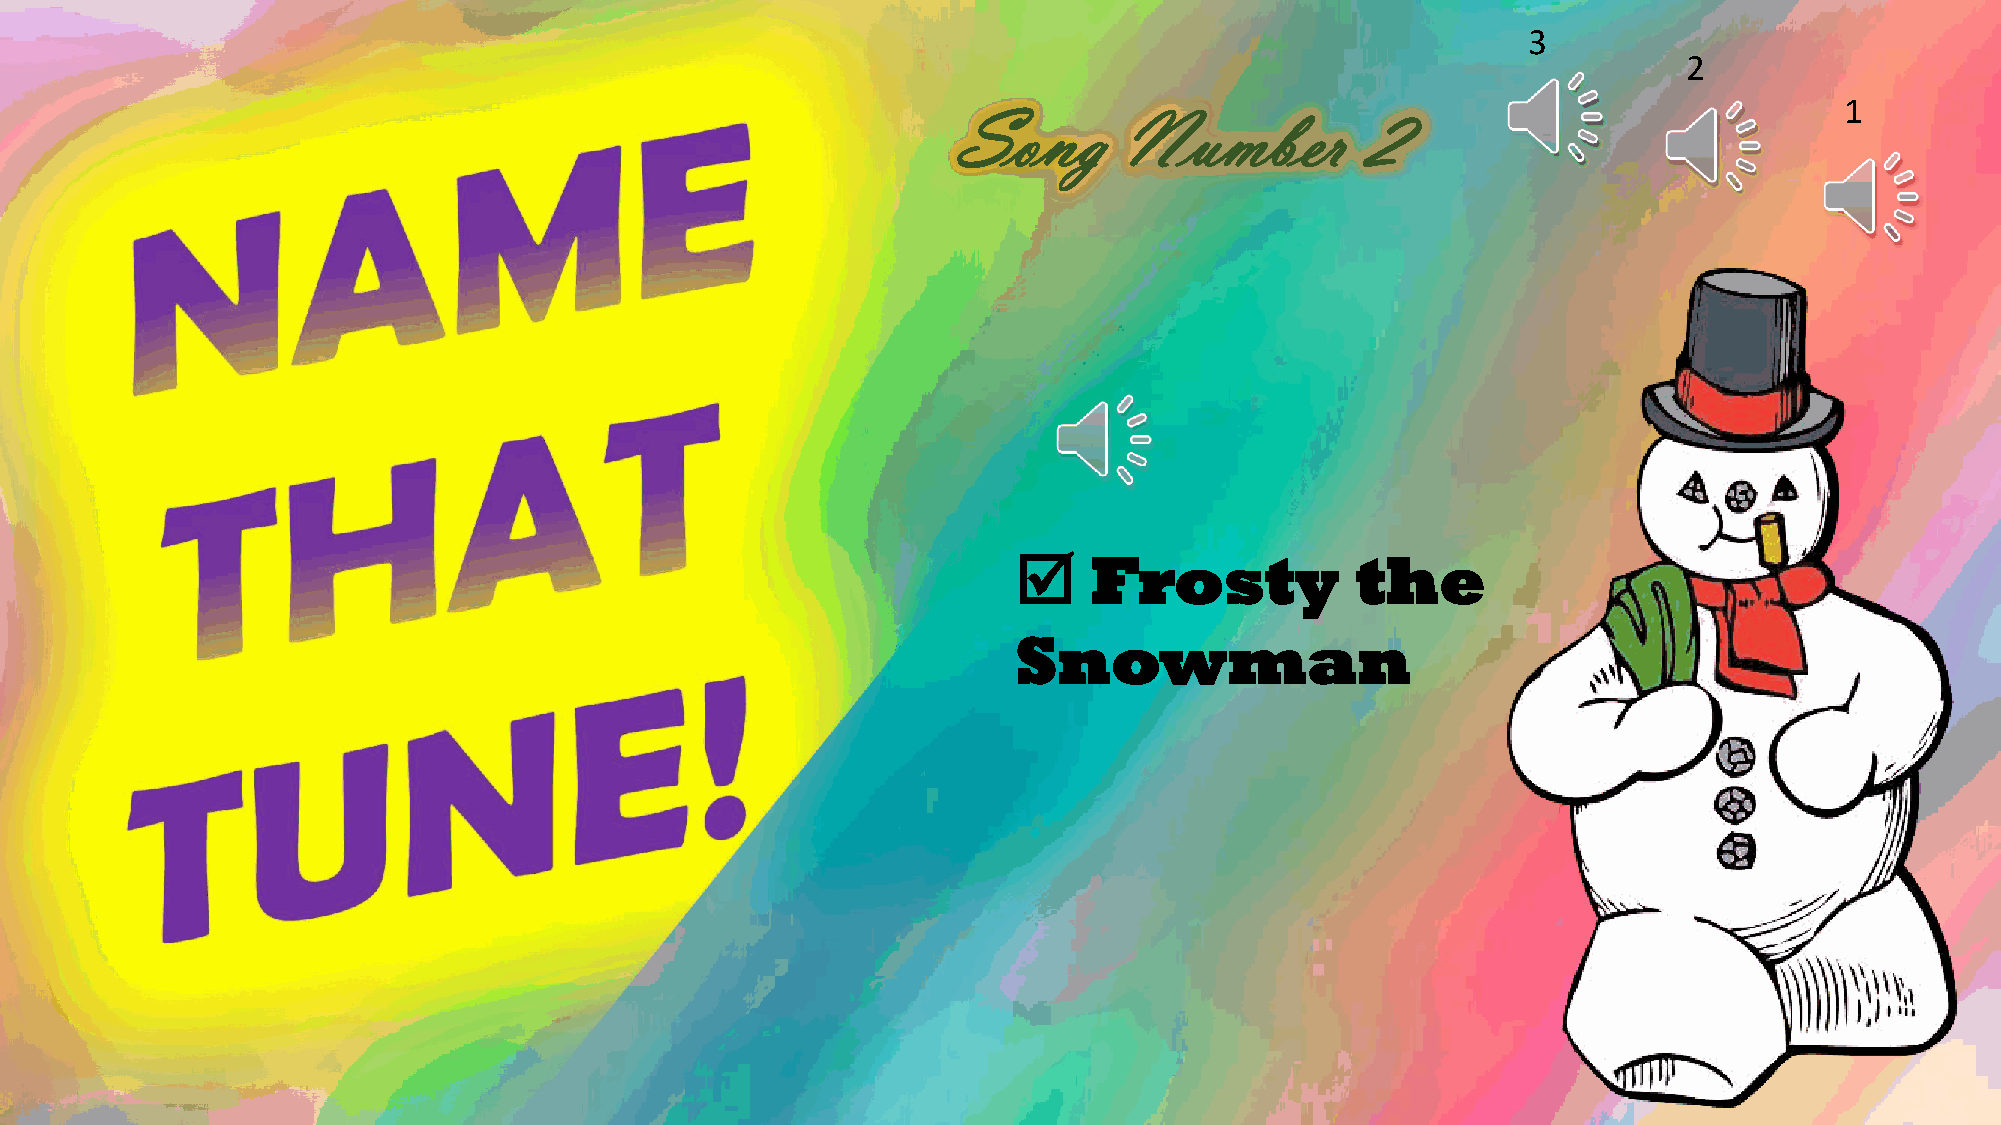
3
 2
 1
 Song       Number          2
     Frosty            the
 Snowman